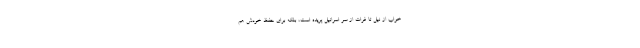
خواب از نیل تا فرات از سر اسرائیل پریده است، بلکه برای حفظ خودش هم